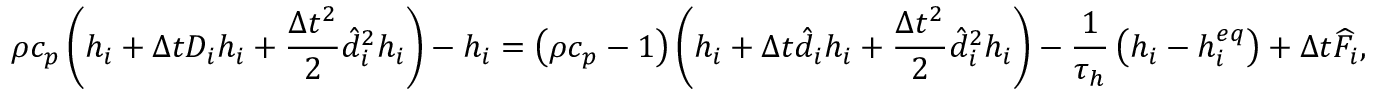
\rho { c _ { p } } \left( { { h _ { i } } + \Delta t { D _ { i } } { h _ { i } } + \frac { { \Delta { t ^ { 2 } } } } { 2 } \hat { d } _ { i } ^ { 2 } { h _ { i } } } \right) - { h _ { i } } = \left( { \rho { c _ { p } } - 1 } \right) \left( { { h _ { i } } + \Delta t { { \hat { d } } _ { i } } { h _ { i } } + \frac { { \Delta { t ^ { 2 } } } } { 2 } \hat { d } _ { i } ^ { 2 } { h _ { i } } } \right) - \frac { 1 } { { { \tau _ { h } } } } \left( { { h _ { i } } - h _ { i } ^ { e q } } \right) + \Delta t { \widehat F _ { i } } ,